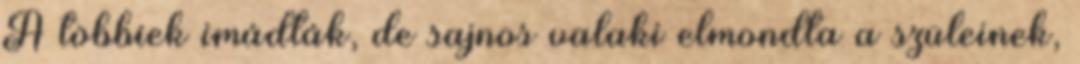
A többiek imádták, de sajnos valaki elmondta a szüleinek,